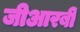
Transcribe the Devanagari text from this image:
जीआरबी